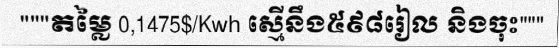
"""តម្លៃ 0,1475$/Kwh ស្មើនឹង៥៩៨រៀល និងចុះ"""